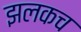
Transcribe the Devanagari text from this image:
झलकच